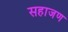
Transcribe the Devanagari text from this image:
सहाजण